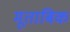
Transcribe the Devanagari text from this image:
मूताबिक